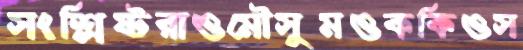
সংশ্লিষ্টরাওমৌসুমওককিওস